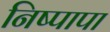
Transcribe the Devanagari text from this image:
निष्पापा